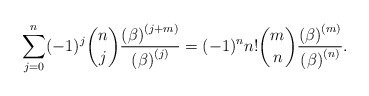
\begin{align*}\sum_{j=0}^{n}(-1)^{j}\binom{n}{j}\frac{\left( \beta \right) ^{\left(j+m\right) }}{\left( \beta \right) ^{\left( j\right) }}=(-1)^{n}n!\binom{m}{n}\frac{\left( \beta \right) ^{\left( m\right) }}{\left( \beta \right)^{\left( n\right) }}. \end{align*}